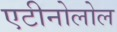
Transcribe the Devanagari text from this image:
एटीनोलोल